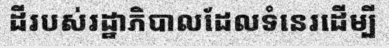
ដីរបស់រដ្ឋាភិបាលដែលទំនេរដើម្បី